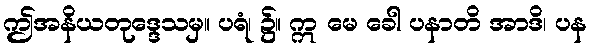
ဤအနိယတုဒ္ဒေသမှ။ ပရံ၊ ၌။ ဣ မေ ခေါ ပနာတိ အာဒိ၊ ပန